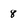
Character: 8